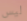
ليس